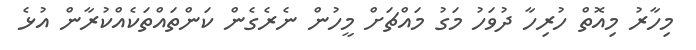
މިހާރު މިއޮތް ހުރިހާ ދުވަހު މަގު މައްޗަށް މީހުން ނެރެގެން ކަންތައްތަކެއްކުރާން އުޅެ